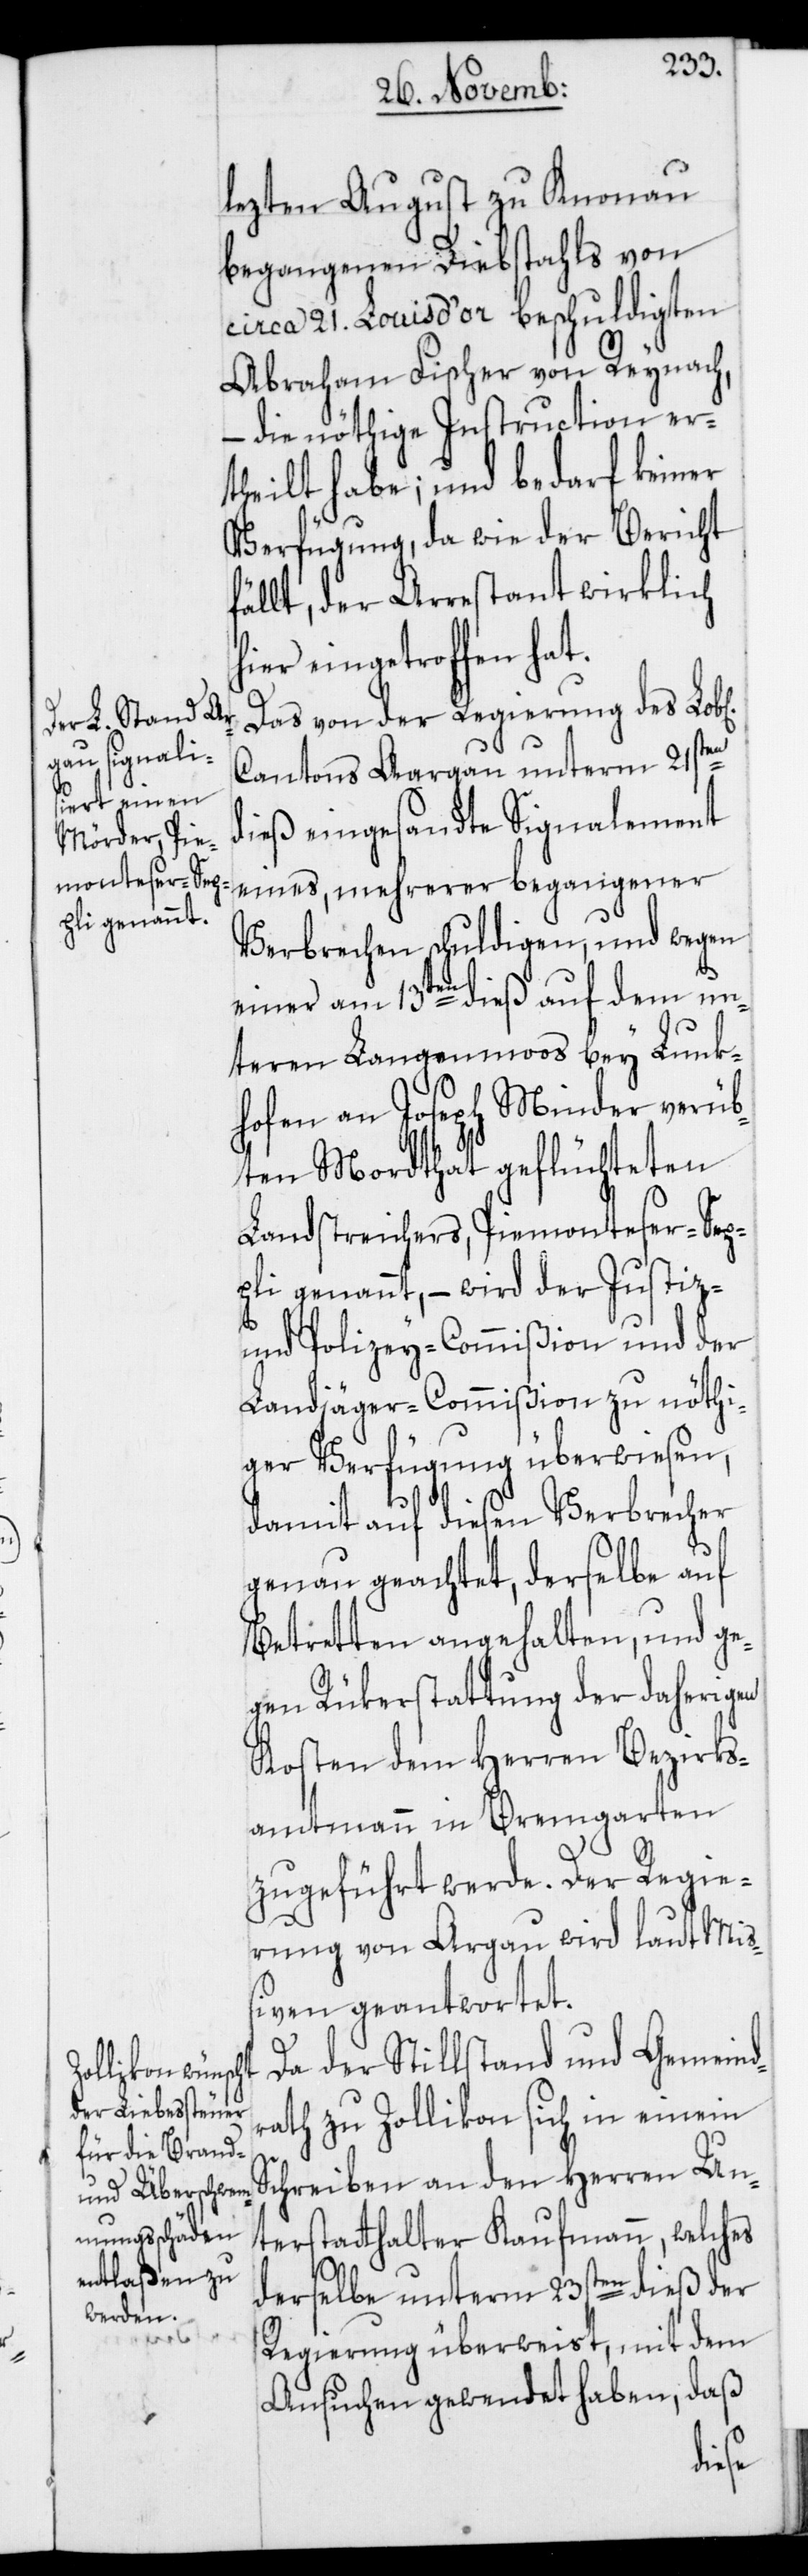
lezten August zu Knonau
begangenen Diebstahls von
circa 21. Louis d’or beschuldigten
Abraham Fischer von Reynach,
– die nöthige Instruction er¬
theilt habe; und bedarf keiner
Verfügung, da wie der Bericht
fällt, der Arrestant wirklich
hier eingetroffen hat.
Das von der Regierung des Lob[l¬
Cantons Argau unterm 21sten
dieß eingesandte Signalement
eines, mehrerer begangener
Verbrechen schuldigen, und wegen
einer am 13ten dieß auf dem un¬
teren Langenmoos bey Lunk¬
hofen an Joseph Minder verüb¬
ten Mordthat geflüchteten
Landstreichers, Piemonteser-Sep¬
pli genannt, – wird der Justiz-
und Polizey-Commißion und der
Landjäger-Commißion zu nöthi¬
ger Verfügung überwiesen,
damit auf diesen Verbrecher
genau geachtet, derselbe auf
Betretten angehalten, und ge¬
gen Rükerstattung der daherigen
Kosten dem Herren Bezirks¬
ammtmann in Bremgarten
zugeführt werde. Der Regie¬
rung von Argau wird laut Miß¬
iven geantwortet.
Da der Stillstand und Gemeind¬
rath zu Zollikon sich in einem
terstatthalter Kaufmann, welches
derselbe unterm 23sten dieß der
Regierung überweist, mit dem
Ansuchen gewendet haben, daß
Un¬